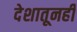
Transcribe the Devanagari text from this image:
देशातूनही